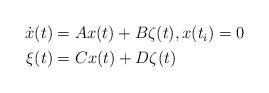
LaTeX: \begin{align*} \begin{aligned} \dot x(t)&=Ax(t)+B\zeta(t),x(t_i)=0 \\ \xi(t)&=Cx(t)+D\zeta(t) \end{aligned} \end{align*}